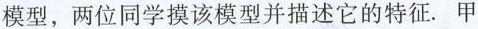
模型，两位同学摸该模型并描述它的特征.甲